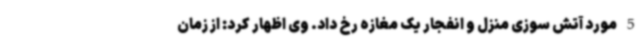
5 مورد آتش سوزی منزل و انفجار یک مغازه رخ داد. وی اظهار کرد: از زمان